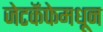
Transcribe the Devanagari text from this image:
जेटकॅफेमधून